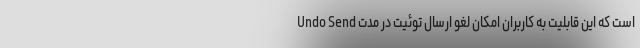
Undo Send است که این قابلیت به کاربران امکان لغو ارسال توئیت‌ در مدت